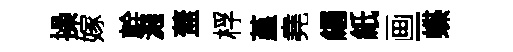
操嫁幹濺蓋桴堇堯緡紙画-蝶